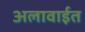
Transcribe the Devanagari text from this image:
अलावाईत